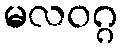
မလဝဂ္ဂ